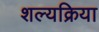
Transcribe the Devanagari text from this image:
शल्‍यक्रिया